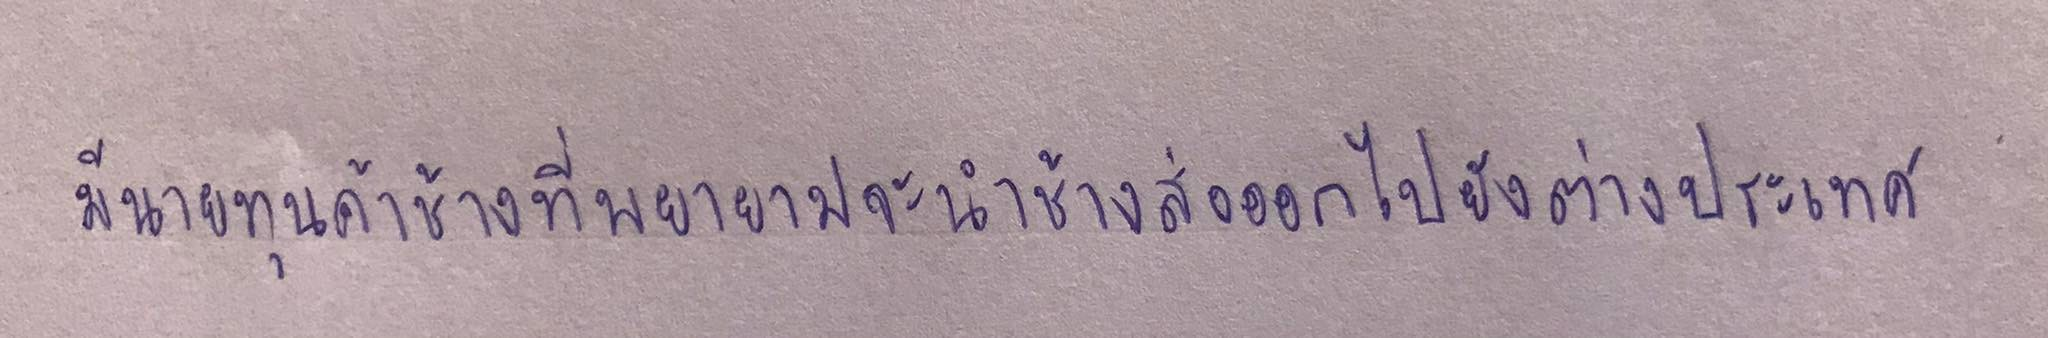
มีนายทุนค้าช้างที่พยายามจะนำช้างส่งออกไปยังต่างประเทศ